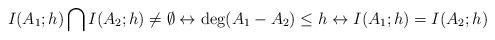
LaTeX: \begin{align*} I(A_1;h)\bigcap I(A_2;h)\neq \emptyset \leftrightarrow \deg(A_1-A_2)\leq h \leftrightarrow I(A_1;h) = I(A_2;h) \end{align*}